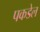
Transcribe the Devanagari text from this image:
पकडेल